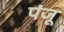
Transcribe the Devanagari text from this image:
पंजू